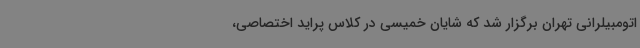
اتومبیلرانی تهران برگزار شد که شایان خمیسی در کلاس پراید اختصاصی،